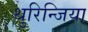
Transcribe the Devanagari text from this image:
थुरिन्जिया